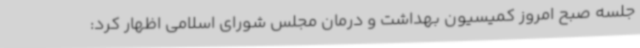
جلسه صبح امروز کمیسیون بهداشت و درمان مجلس شورای اسلامی اظهار کرد: